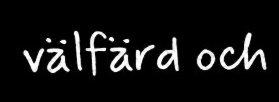
välfärd och